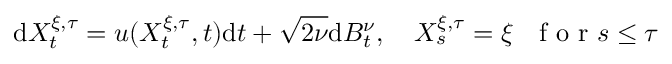
\mathrm { d } X _ { t } ^ { \xi , \tau } = u ( X _ { t } ^ { \xi , \tau } , t ) \mathrm { d } t + \sqrt { 2 \nu } \mathrm { d } B _ { t } ^ { \nu } , \quad X _ { s } ^ { \xi , \tau } = \xi \ \ \mathrm { ~ f ~ o ~ r ~ } s \leq \tau